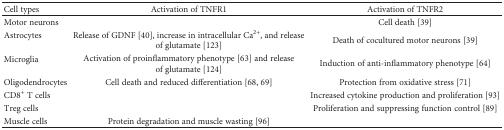
<table><thead><tr><td><b>Cell types</b></td><td><b>Activation of TNFR1</b></td><td><b>Activation of TNFR2</b></td></tr></thead><tbody><tr><td>Motor neurons</td><td>[EMPTY_CELL]</td><td>Cell death [39]</td></tr><tr><td>Astrocytes</td><td>Release of GDNF [40], increase in intracellular Ca<sup>2+</sup>, and release of glutamate [123]</td><td>Death of cocultured motor neurons [39]</td></tr><tr><td>Microglia</td><td>Activation of proinflammatory phenotype [63] and release of glutamate [124]</td><td>Induction of anti-inflammatory phenotype [64]</td></tr><tr><td>Oligodendrocytes</td><td>Cell death and reduced differentiation [68, 69]</td><td>Protection from oxidative stress [71]</td></tr><tr><td>CD8<sup>+</sup> T cells</td><td>[EMPTY_CELL]</td><td>Increased cytokine production and proliferation [93]</td></tr><tr><td>Treg cells</td><td>[EMPTY_CELL]</td><td>Proliferation and suppressing function control [89]</td></tr><tr><td>Muscle cells</td><td>Protein degradation and muscle wasting [96]</td><td>[EMPTY_CELL]</td></tr></tbody></table>